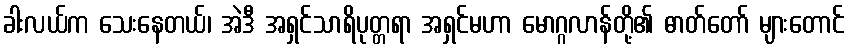
ခါးလယ်က သေးနေတယ်၊ အဲဒီ အရှင်သာရိပုတ္တရာ အရှင်မဟာ မောဂ္ဂလာန်တို့၏ ဓာတ်တော် များတောင်